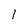
Character: 1